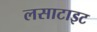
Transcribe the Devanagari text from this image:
लसाटाइट